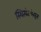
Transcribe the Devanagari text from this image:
स्थित्यंतरांवरून